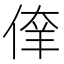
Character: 𰂘